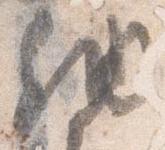
納